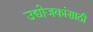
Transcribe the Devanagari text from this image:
उद्योजकांसाठी